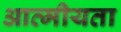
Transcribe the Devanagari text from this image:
आत्‍मीयता